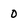
Character: 0